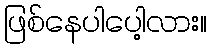
ဖြစ်နေပါပေါ့လား။